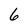
Character: 6